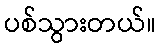
ပစ်သွားတယ်။